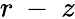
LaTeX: r\mathrm{~-~}z